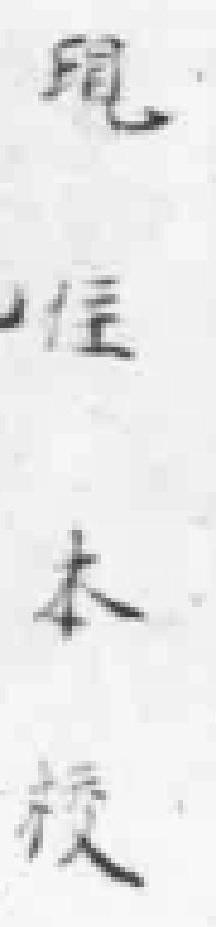
現住本校